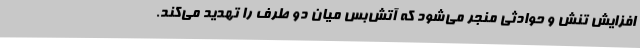
افزایش تنش و حوادثی منجر می‌شود که آتش‌بس میان دو طرف را تهدید می‌کند.